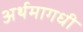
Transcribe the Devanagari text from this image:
अर्थमागधी